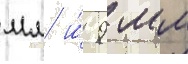
мм и́ 9 мм